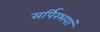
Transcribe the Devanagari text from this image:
सर्पिरभयां